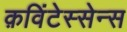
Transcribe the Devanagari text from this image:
क़विंटेस्सेन्स